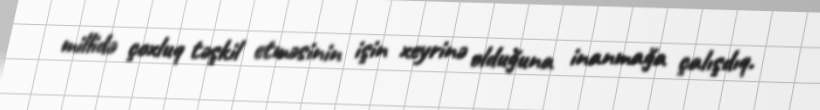
millidə çoxluq təşkil etməsinin işin xeyrinə olduğuna inanmağa çalışdıq.